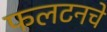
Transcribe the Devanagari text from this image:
फलटनचे